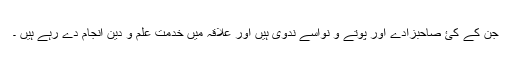
جن کے کئ صاحبزادے اور پوتے و نواسے ندوی ہیں اور علاقہ میں خدمت علم و دین انجام دے رہے ہیں ۔